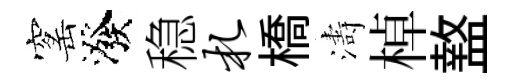
窰潑稳札橋濤棹盩